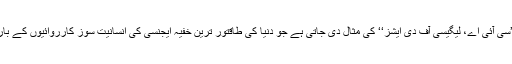
ٹم وینر کی کتاب ’’سی آئی اے، لیگیسی آف دی ایشز‘‘ کی مثال دی جاتی ہے جو دنیا کی طاقتور ترین خفیہ ایجنسی کی انسانیت سوز کارروائیوں کے بارے میں لکھی گئی۔